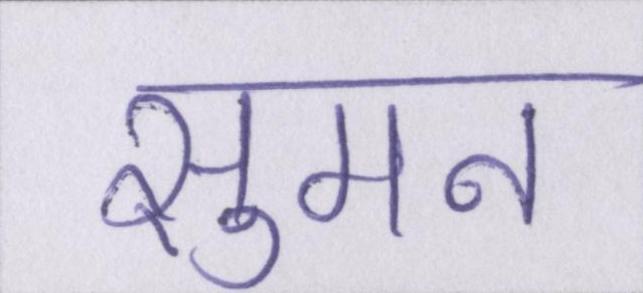
सुमन